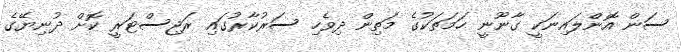
ސަން އޮންލައިނަކީ ގާނޫނީ ހަމަތަކުގެ މަތިން ދިވެހި ސަރުކާރުގައި ރަޖިސްޓަރީ ކޮށް ދުނިޔޭގެ